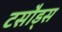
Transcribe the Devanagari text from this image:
टसौड्स